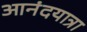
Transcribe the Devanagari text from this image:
आनंदयात्रा